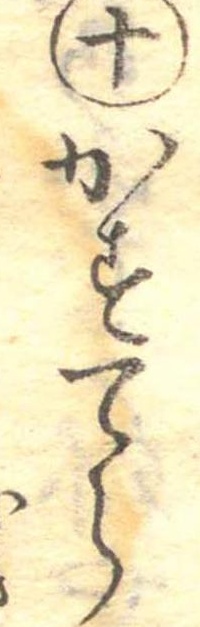
十かすてら